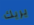
يريك